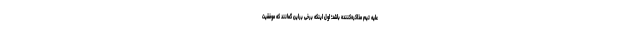
علیه تیم مذاکره‌کننده باشد؛ اول اینکه برخی براین گمانند که موفقیت